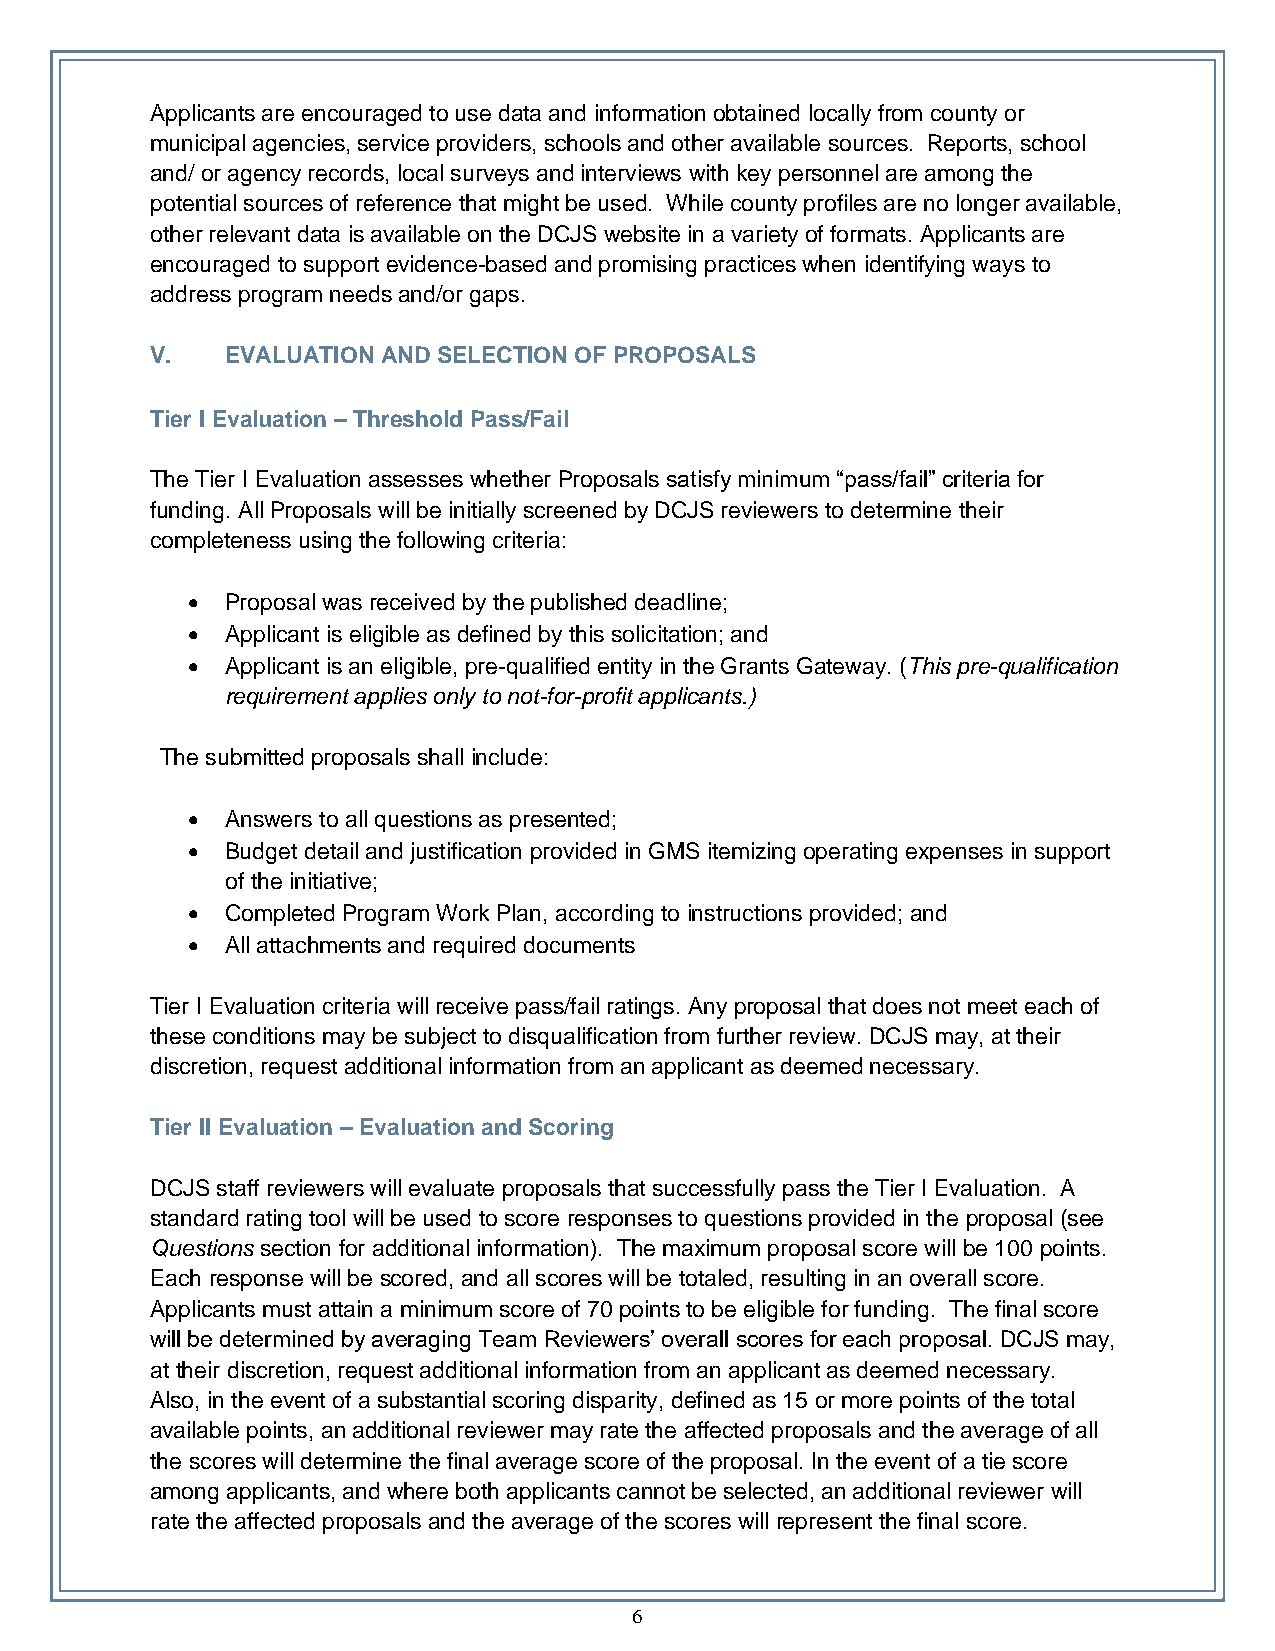
Applicants are encouraged to use data and information obtained locally from county or
 municipal agencies, service providers, schools and other available sources. Reports, school
 and/ or agency records, local surveys and interviews with key personnel are among the
 potential sources of reference that might be used. While county profiles are no longer available,
 other relevant data is available on the DCJS website in a variety of formats. Applicants are
 encouraged to support evidence-based and promising practices when identifying ways to
 address program needs and/or gaps.
 V.   EVALUATION AND SELECTION OF PROPOSALS
 Tier I Evaluation – Threshold Pass/Fail
 The Tier I Evaluation assesses whether Proposals satisfy minimum “pass/fail” criteria for
 funding. All Proposals will be initially screened by DCJS reviewers to determine their
 completeness using the following criteria:
 •  Proposal was received by the published deadline;
 •  Applicant is eligible as defined by this solicitation; and
 •  Applicant is an eligible, pre-qualified entity in the Grants Gateway. (This pre-qualification
 requirement applies only to not-for-profit applicants.)
 The submitted proposals shall include:
 •  Answers to all questions as presented;
 •  Budget detail and justification provided in GMS itemizing operating expenses in support
 of the initiative;
 •  Completed Program Work Plan, according to instructions provided; and
 •  All attachments and required documents
 Tier I Evaluation criteria will receive pass/fail ratings. Any proposal that does not meet each of
 these conditions may be subject to disqualification from further review. DCJS may, at their
 discretion, request additional information from an applicant as deemed necessary.
 Tier II Evaluation – Evaluation and Scoring
 DCJS staff reviewers will evaluate proposals that successfully pass the Tier I Evaluation. A
 standard rating tool will be used to score responses to questions provided in the proposal (see
 Questions section for additional information). The maximum proposal score will be 100 points.
 Each response will be scored, and all scores will be totaled, resulting in an overall score.
 Applicants must attain a minimum score of 70 points to be eligible for funding. The final score
 will be determined by averaging Team Reviewers’ overall scores for each proposal. DCJS may,
 at their discretion, request additional information from an applicant as deemed necessary.
 Also, in the event of a substantial scoring disparity, defined as 15 or more points of the total
 available points, an additional reviewer may rate the affected proposals and the average of all
 the scores will determine the final average score of the proposal. In the event of a tie score
 among applicants, and where both applicants cannot be selected, an additional reviewer will
 rate the affected proposals and the average of the scores will represent the final score.
 6